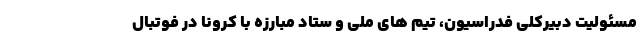
مسئولیت دبیرکلی فدراسیون، تیم های ملی و ستاد مبارزه با کرونا در فوتبال